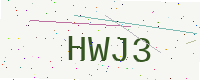
Text: HWJ3